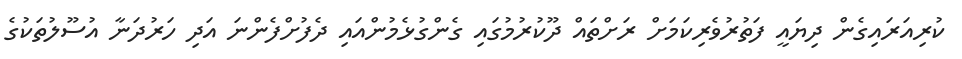
ކުރިއަރައިގެން ދިޔައީ ފަތުރުވެރިކަމަށް ރަށްތައް ދޫކުރުމުގައި ގެންގުޅެމުންއައި ދެފުށްފެންނަ އަދި ހަރުދަނާ އުސޫލުތަކުގެ